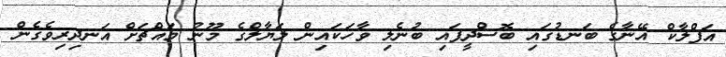
އަފްލާކް އޭނާގެ ބަނޑުގައި ބޮސްދީފައި ބުނެލި ވާހަކައިން ލަޔާލްގެ މޫނު މައްޗަށް އަނދިރިވެގެން